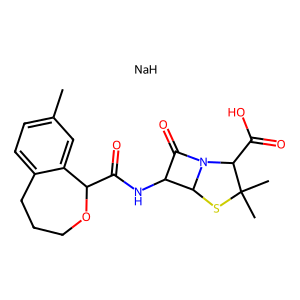
SMILES: Cc1ccc2c(c1)C(C(=O)NC1C(=O)N3C1SC(C)(C)C3C(=O)O)OCCC2.[NaH]
Inhibits HIV replication: No